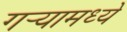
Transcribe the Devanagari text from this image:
गर्‍यामध्ये